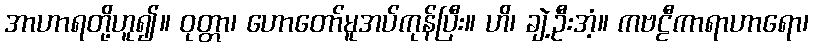
အာဟာရတို့ဟူ၍။ ဝုတ္တာ၊ ဟောတော်မူအပ်ကုန်ပြီး။ ဟိ၊ ချဲ့ဦးအံ့။ ကဗဠီကာရာဟာရော၊